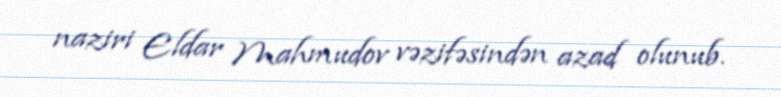
naziri Eldar Mahmudov vəzifəsindən azad olunub.